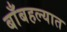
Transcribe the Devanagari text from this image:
बाँबहल्यात